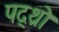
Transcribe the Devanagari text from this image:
पद्थ्रो